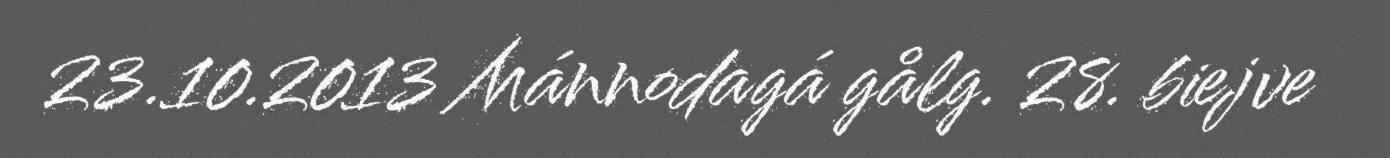
23.10.2013 Mánnodagá gålg. 28. biejve